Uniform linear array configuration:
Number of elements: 12
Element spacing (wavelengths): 1
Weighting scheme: hamming
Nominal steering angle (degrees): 45
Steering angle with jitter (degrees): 44.851
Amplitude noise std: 0.05
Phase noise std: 0.05

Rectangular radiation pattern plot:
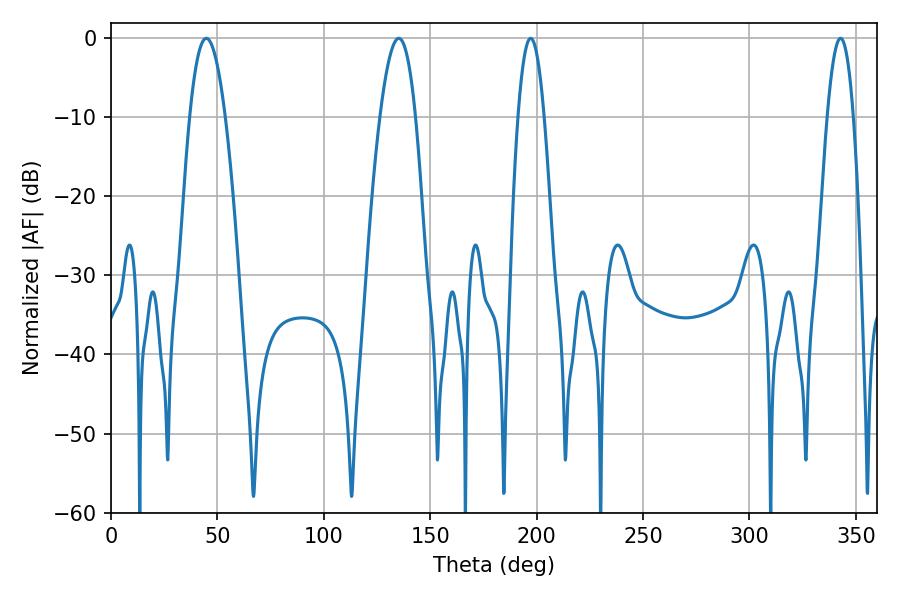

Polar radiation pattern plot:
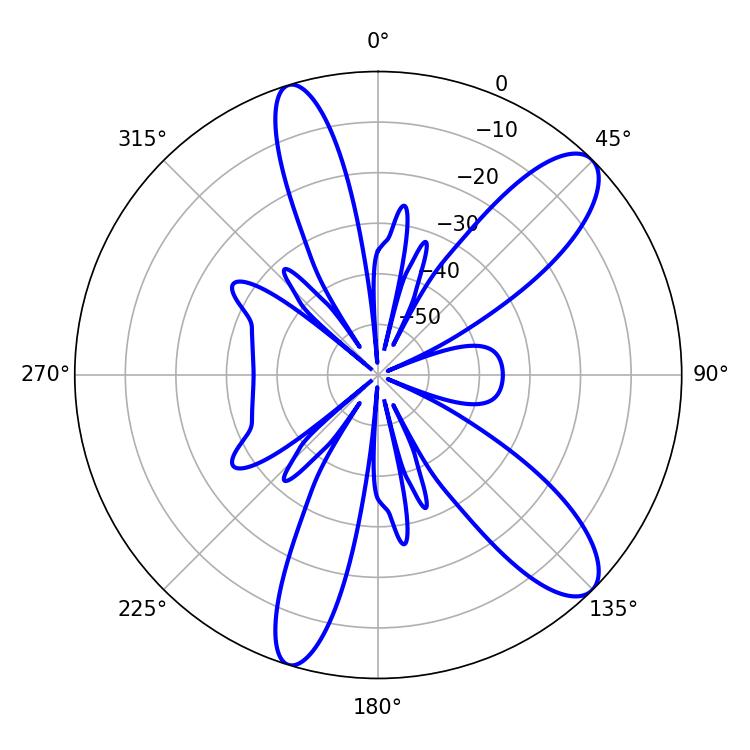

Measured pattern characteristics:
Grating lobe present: TRUE
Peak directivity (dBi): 10.778
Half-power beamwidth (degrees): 9.18
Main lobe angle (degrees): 44.82